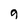
Character: 9